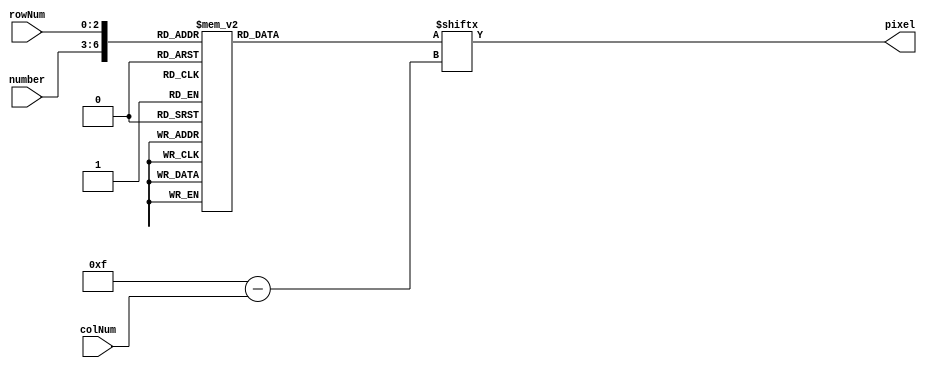
`timescale 1ns / 1ps

module numberToPixel(
  input [3:0] number,
  input [2:0] rowNum,
  input [3:0] colNum,
  output reg pixel
);
  reg [15:0] pixels;

  always @(*) begin
    case ({number, rowNum})
      7'b0000000: pixels = 16'b0000000000000000; 
      7'b0000001: pixels = 16'b0000000000000000; 
      7'b0000010: pixels = 16'b0000111111110000; // ----xxxxxxxx----
      7'b0000011: pixels = 16'b0011000000001100; // --xx--------xx--
      7'b0000100: pixels = 16'b0011000000001100; // --xx--------xx--
      7'b0000101: pixels = 16'b0011000000001100; // --xx--------xx--
      7'b0000110: pixels = 16'b0000111111110000; // ----xxxxxxxx----
      7'b0000111: pixels = 16'b0000000000000000; //

      7'b0001000: pixels = 16'b0000000000000000;
      7'b0001001: pixels = 16'b0000000000000000;
      7'b0001010: pixels = 16'b0000111111000000; // ----xxxxxx------  
      7'b0001011: pixels = 16'b0011000000110000; // --xx------xx----   
      7'b0001100: pixels = 16'b0011001100110000; // --xx--xx--xx----
      7'b0001101: pixels = 16'b0000111100110000; // ----xxxx--xx----  
      7'b0001110: pixels = 16'b0000000011000000; // --------xx------ 
      7'b0001111: pixels = 16'b0000000000000000; //

      7'b0010000: pixels = 16'b0000000000000000;
      7'b0010001: pixels = 16'b0011000000000000; // --xx------------
      7'b0010010: pixels = 16'b0011000000000000; // --xx------------
      7'b0010011: pixels = 16'b0011001100110000; // --xx--xx--xx----
      7'b0010100: pixels = 16'b0011000011110000; // --xx----xxxx----
      7'b0010101: pixels = 16'b0011000000110000; // --xx------xx----
      7'b0010110: pixels = 16'b0000111111000000; // ----xxxxxx------
      7'b0010111: pixels = 16'b0000000000000000;    

      7'b0011000: pixels = 16'b0000000000000000; 
      7'b0011001: pixels = 16'b0000000000000000;
      7'b0011010: pixels = 16'b0000110011000000; // ----xx--xx------
      7'b0011011: pixels = 16'b0011001100110000; // --xx--xx--xx----
      7'b0011100: pixels = 16'b0011000000110000; // --xx------xx----
      7'b0011101: pixels = 16'b0011000000110000; // --xx------xx----
      7'b0011110: pixels = 16'b0011110000110000; // --xxxx----xx----
      7'b0011111: pixels = 16'b0000000000000000;      

      7'b0100000: pixels = 16'b0000000000000000; 
      7'b0100001: pixels = 16'b0000000000001100; // ------------xx--
      7'b0100010: pixels = 16'b0000000000110000; // ----------xx----
      7'b0100011: pixels = 16'b0000111111000000; // ----xxxxxx------
      7'b0100100: pixels = 16'b0011000000000000; // --xx------------
      7'b0100101: pixels = 16'b0011000011000000; // --xx----xx------ 
      7'b0100110: pixels = 16'b0000111111110000; // ----xxxxxxxx----
      7'b0100111: pixels = 16'b0000000000000000; //         

      7'b0101000: pixels = 16'b0000000000000000;
      7'b0101001: pixels = 16'b0000001100001100; // ------xx----xx---- 
      7'b0101010: pixels = 16'b0000001100110000; // ------xx--xx---- 
      7'b0101011: pixels = 16'b0000111111000000; // ----xxxxxx------
      7'b0101100: pixels = 16'b0011000000000000; // --xx------------
      7'b0101101: pixels = 16'b0011000011000000; // --xx----xx------
      7'b0101110: pixels = 16'b0000111111110000; // ----xxxxxxxx----
      7'b0101111: pixels = 16'b0000000000000000;      

      7'b0110000: pixels = 16'b0000000000000000;      
      7'b0110001: pixels = 16'b0110000000000000; // -xx------------- 
      7'b0110010: pixels = 16'b0011000000000000; // --xx------------
      7'b0110011: pixels = 16'b0000111111000000; // ----xxxxxx------
      7'b0110100: pixels = 16'b0000000000110000; // ----------xx----
      7'b0110101: pixels = 16'b0011000000110000; // --xx------xx----
      7'b0110110: pixels = 16'b0011111111000000; // --xxxxxxxx------
      7'b0110111: pixels = 16'b0000000000000000;      

      7'b0111000: pixels = 16'b0000000000000000;
      7'b0111001: pixels = 16'b0000000000000110; // -------------xx-
      7'b0111010: pixels = 16'b0011001100001100; // --xx--xx----xx--
      7'b0111011: pixels = 16'b1100110011001100; // xx--xx--xx--xx--
      7'b0111100: pixels = 16'b1100000011001100; // xx------xx--xx--   
      7'b0111101: pixels = 16'b1100000011001100; // xx------xx--xx--
      7'b0111110: pixels = 16'b1111000011110000; // xxxx----xxxx----   
      7'b0111111: pixels = 16'b0000000000000000; //        

      7'b1000000: pixels = 16'b0000000000000000; // ----------------
      7'b1000001: pixels = 16'b0000000000001100; // ------------xx--
      7'b1000010: pixels = 16'b000000000011000; // ----------xx----
      7'b1000011: pixels = 16'b0000111111000000; // ----xxxxxx------
      7'b1000100: pixels = 16'b0011000000000000; // --xx------------
      7'b1000101: pixels = 16'b0011001100110000; // --xx--xx--xx----
      7'b1000110: pixels = 16'b0000110011110000; // ----xx--xxxx----
      7'b1000111: pixels = 16'b0000000000000000; //      

      7'b1001000: pixels = 16'b0000000000000000; // ----------------
      7'b1001001: pixels = 16'b0000000000001100; // ------------xx--
      7'b1001010: pixels = 16'b0000000000110000; // ----------xx----
      7'b1001011: pixels = 16'b0000111111000000; // ----xxxxxx------
      7'b1001100: pixels = 16'b0011001100000000; // --xx--xx--------
      7'b1001101: pixels = 16'b0011000011000000; // --xx----xx------
      7'b1001110: pixels = 16'b0000110000110000; // ----xx----xx----
      7'b1001111: pixels = 16'b0000000000000000; //                      
  
      default: pixels = 16'b0000000000000000;
    endcase

    pixel = pixels[15 - colNum];
  end

endmodule